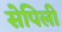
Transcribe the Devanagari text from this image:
सेपिली